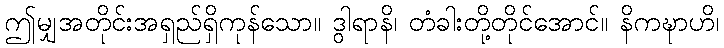
ဤမျှအတိုင်းအရှည်ရှိကုန်သော။ ဒွါရာနိ၊ တံခါးတို့တိုင်အောင်။ နိကဍ္ဎာဟိ၊